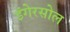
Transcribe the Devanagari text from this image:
इंगेरसोल